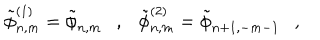
LaTeX: \tilde { \phi } _ { n , m } ^ { ( 1 ) } = \tilde { \phi } _ { n , m } , \tilde { \phi } _ { n , m } ^ { ( 2 ) } = \tilde { \phi } _ { n + 1 , - m - 1 } ,